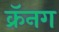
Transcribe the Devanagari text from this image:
क्रॅनग